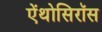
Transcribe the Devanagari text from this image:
ऐंथोसिरॉस